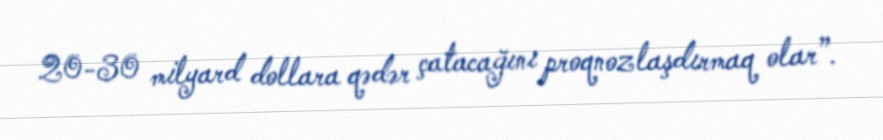
20-30 milyard dollara qədər çatacağını proqnozlaşdırmaq olar”.